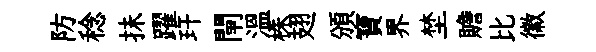
防稔抺躍玕閘溫株翅頒寶界埜贍比徽